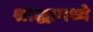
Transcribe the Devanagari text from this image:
श्राद्धामध्ये